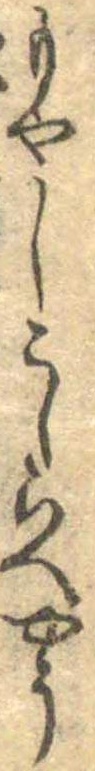
もやしこしらへやう